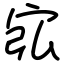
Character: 宖